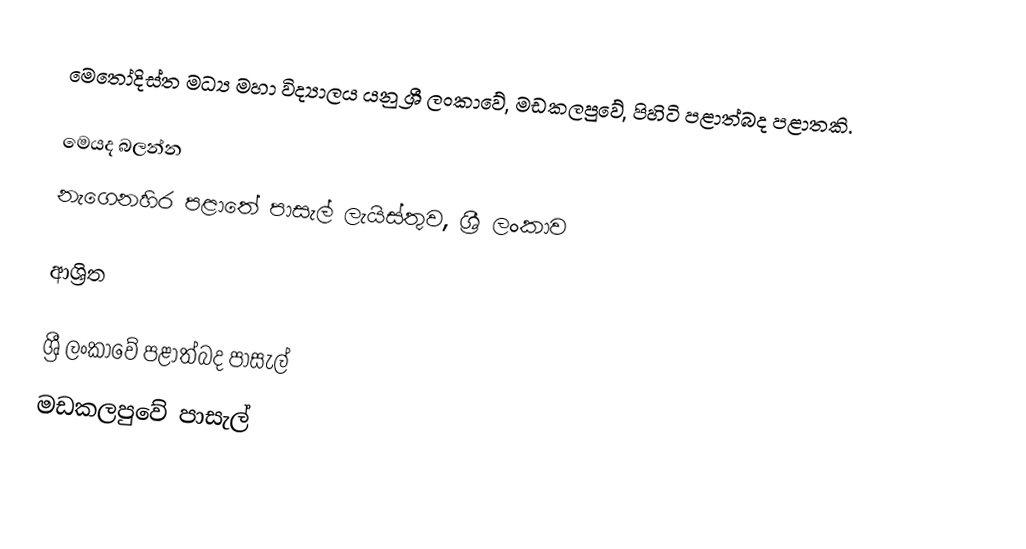
මෙතෝදිස්ත මධ්‍ය මහා විද්‍යාලය යනු ශ්‍රී ලංකාවේ, මඩකලපුවේ, පිහිටි පළාත්බද පළාතකි.

මෙයද බලන්න
 නැගෙනහිර පළාතේ පාසැල් ලැයිස්තුව, ශ්‍රී ලංකාව

ආශ්‍රිත

ශ්‍රී ලංකාවේ පළාත්බද පාසැල්
මඩකලපුවේ පාසැල්